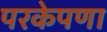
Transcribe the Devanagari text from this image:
परकेपणा